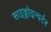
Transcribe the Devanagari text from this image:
साइक्लोइन्वर्टर